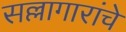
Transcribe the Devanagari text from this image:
सल्लागारांचे